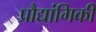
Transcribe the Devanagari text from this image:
प्रौद्यांगिकी